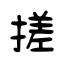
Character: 搓